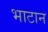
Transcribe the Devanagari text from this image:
भाटान